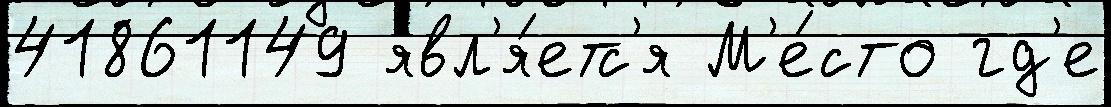
41861149 явл'я́етс'я М'е́сто гд'е